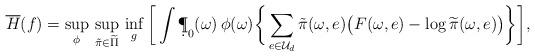
LaTeX: \begin{align*}\begin{aligned}\overline H(f)&= \sup_{\phi}\, \sup_{\tilde\pi\in\widetilde\Pi}\,\inf_{g} \bigg[\int \d\P_0(\omega)\,\phi(\omega) \bigg\{\sum_{e\in \mathcal U_d} \tilde\pi(\omega,e) \big(F(\omega,e) -\log\widetilde\pi(\omega,e)\big)\bigg\}\bigg],\end{aligned} \end{align*}